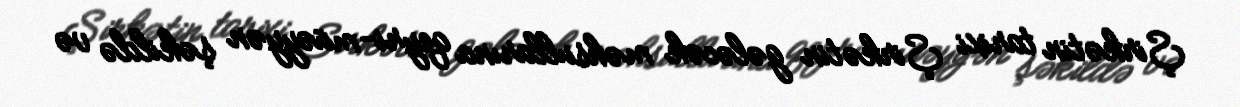
Şirkətin tarixi Şirkətin gələcək məhsullarına qeyri-müəyyən şəkildə və